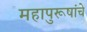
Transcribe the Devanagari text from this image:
महापुरूषांचे